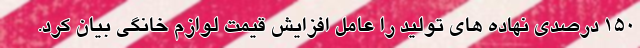
۱۵۰ درصدی نهاده های تولید را عامل افزایش قیمت لوازم خانگی بیان کرد.